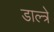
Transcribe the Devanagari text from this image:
डाल्त्रे